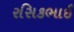
રસિકભાઈ